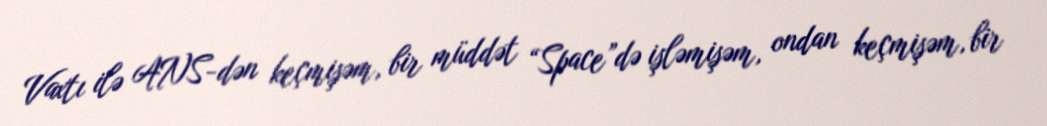
Vaxtı ilə ANS-dən keçmişəm, bir müddət “Space”də işləmişəm, ondan keçmişəm, bir